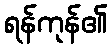
ရန်ကုန်၏